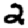
Digit: 2